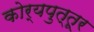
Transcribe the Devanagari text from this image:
कोर्यपुत्तूर